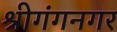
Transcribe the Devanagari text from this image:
श्रीगंगनगर